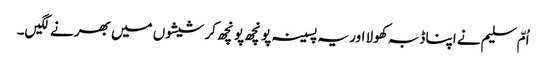
اُمّ سلیم نے اپنا ڈبہ کھولا اور یہ پسینہ پونچھ پونچھ کر شیشوں میں بھرنے لگیں۔